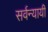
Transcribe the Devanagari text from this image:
सर्वन्यायी